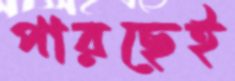
পারছেই